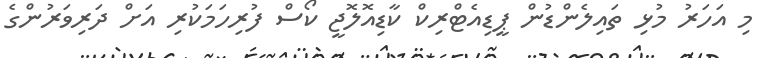
މި އަހަރު މުޅި ތައިލެންޑުން ޕީޑިއެޓްރިކް ކާޑިއޮލޮޖީ ކޯސް ފުރިހަމަކުރި އަށް ދަރިވަރުންގެ